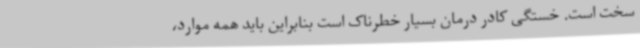
سخت است. خستگی کادر درمان بسیار خطرناک است بنابراین باید همه موارد،